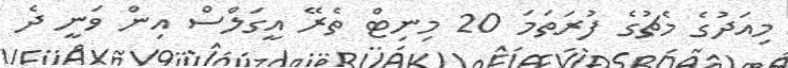
މިއަދުގެ މެޗުގެ ފުރަތަމަ 20 މިނިޓް ތެރޭ އީގަލްސް އިން ވަނީ ދެ